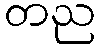
တည